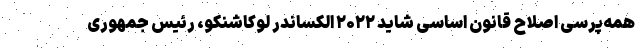
همه‌پرسی اصلاح قانون اساسی شاید ۲۰۲۲ الکساندر لوکاشنکو، رئیس جمهوری